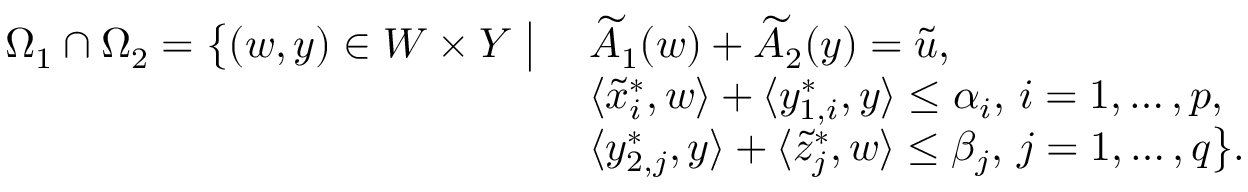
\begin{array} { r } { \begin{array} { l l } { \Omega _ { 1 } \cap \Omega _ { 2 } = \big \{ ( w , y ) \in W \times Y \; \big | \; } & { \widetilde { A } _ { 1 } ( w ) + \widetilde { A } _ { 2 } ( y ) = \widetilde { u } , } \\ & { \langle \widetilde { x } _ { i } ^ { * } , w \rangle + \langle y _ { 1 , i } ^ { * } , y \rangle \leq \alpha _ { i } , \, i = 1 , \ldots , p , } \\ & { \langle y _ { 2 , j } ^ { * } , y \rangle + \langle \widetilde { z } _ { j } ^ { * } , w \rangle \leq \beta _ { j } , \, j = 1 , \ldots , q \big \} . } \end{array} } \end{array}